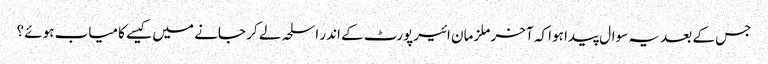
جس کے بعد یہ سوال پیدا ہوا کہ آخر ملزمان ائیرپورٹ کے اندر اسلحہ لے کر جانے میں کیسے کامیاب ہوئے ؟